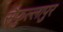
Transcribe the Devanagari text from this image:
सैफुल्लापुर